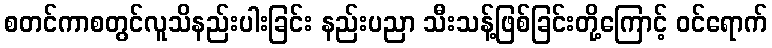
စတင်ကာစတွင်လူသိနည်းပါးခြင်း နည်းပညာ သီးသန့်ဖြစ်ခြင်းတို့ကြောင့် ဝင်ရောက်